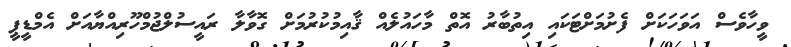
ވީހާވެސް އަވަހަކަށް ފެށުމަށްޓަކައި އިތުބާރު އޮތް މާހައުލެއް ޤާއިމުކުރުމަށް ގޮވާލާ ރައީސުލްޖުމްހޫރިއްޔާއަށް އެމްޑީޕީ